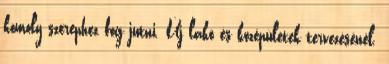
komoly szerephez fog jutni. Új lakó és középületek tervezésénél.